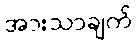
အားသာချက်